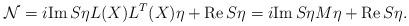
LaTeX: \begin{align*}{\cal N}=i{\rm Im}\,S\eta L(X)L^T(X)\eta +{\rm Re}\,S\eta = i{\rm Im}\,S\eta M\eta +{\rm Re}\,S\eta. \end{align*}